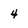
Character: 4